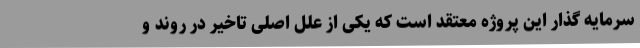
سرمایه گذار این پروژه معتقد است که یکی از علل اصلی تاخیر در روند و